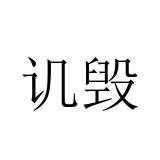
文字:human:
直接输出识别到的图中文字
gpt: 讥毁